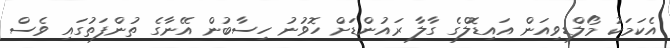
އެކަމަކު މޯލްޑިވިއަން އައިޑޮލްގެ ގާލާ ރައުންޑަށް ހޮވުނު ހިސާބުން އޭނާގެ ތުންފަތުގައި ވެސް